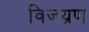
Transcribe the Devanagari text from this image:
विजय्रण